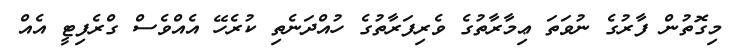
މިގޮތުން ފާރުގެ ނުވަތަ ޢިމާރާތުގެ ވެރިފަރާތުގެ ހުއްދަނެތި ކުރެހޭ އެއްވެސް ގްރެފިޓީ އެއް